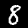
Label: 8